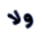
ولا